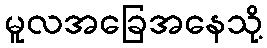
မူလအခြေအနေသို့